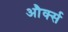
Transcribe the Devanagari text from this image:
और्क्स